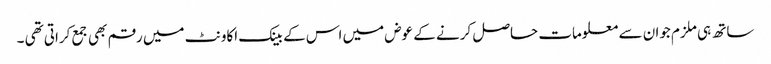
ساتھ ہی ملزم جوان سے معلومات حاصل کرنے کے عوض میں اس کے بینک اکاونٹ میں رقم بھی جمع کراتی تھی ۔